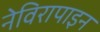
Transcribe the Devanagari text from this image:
नेविरापाइन